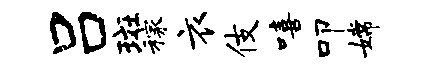
吕斑稼衣伎嘻叩嫦